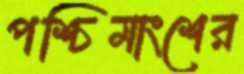
পশ্চিমাংশের